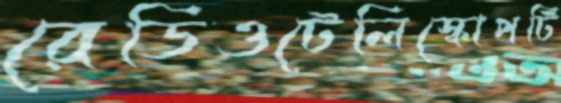
রেডিওটেলিস্কোপটি